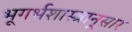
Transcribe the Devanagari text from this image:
भूगर्भशास्त्रानूसार